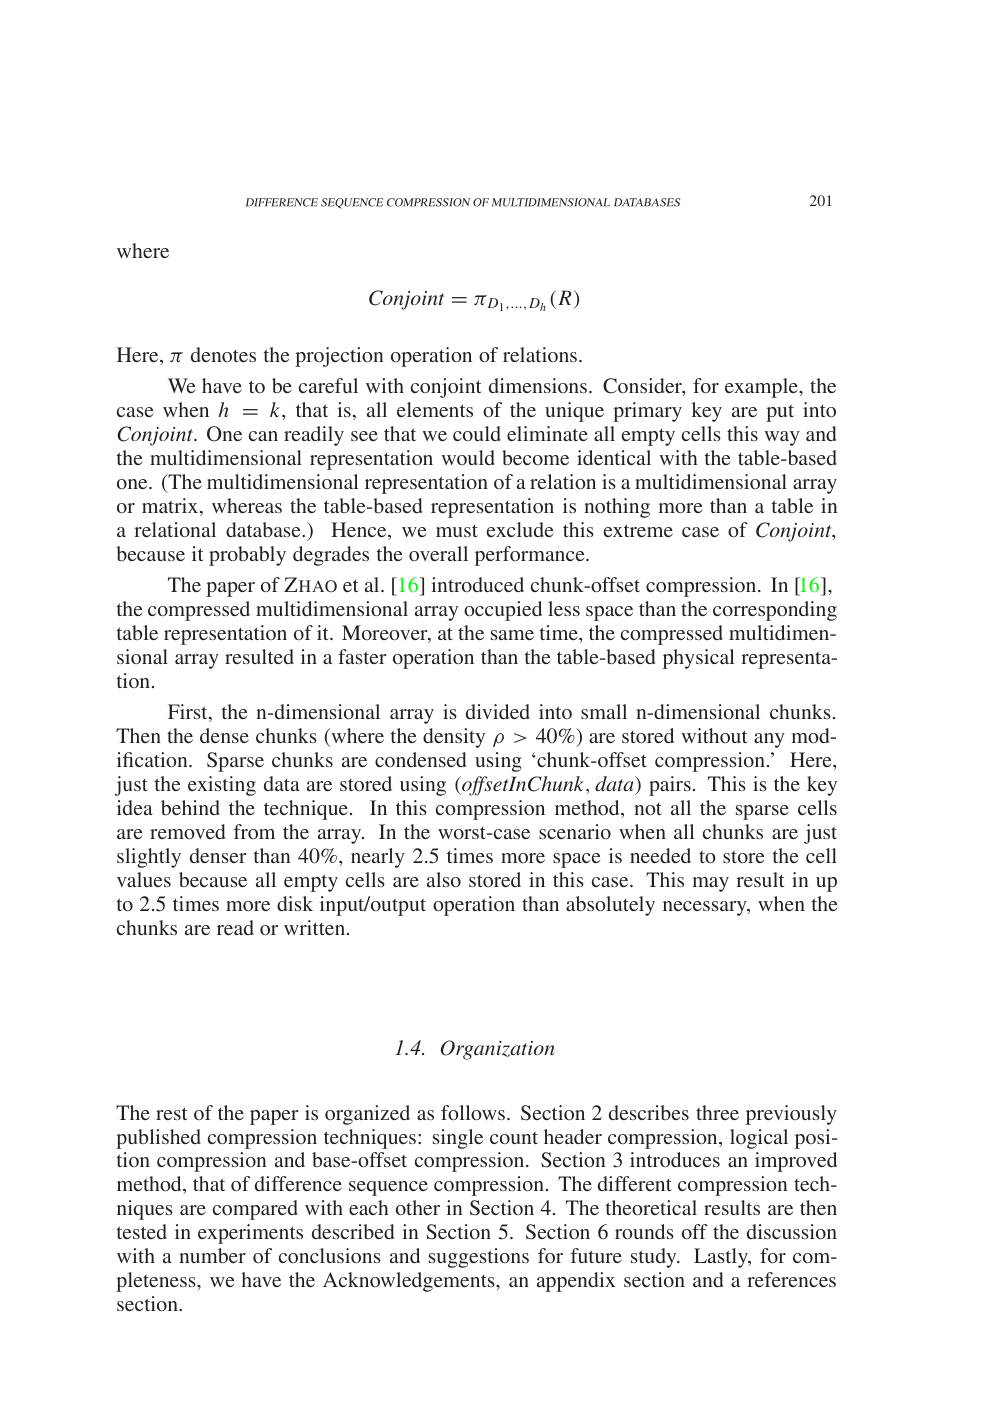
201

DIFFERENCE SEQUENCE COMPRESSION OF MULTIDIMENSIONAL DATABASES

where
$$Conjoint=\pi_{D_{1},...,D_{h}}(R)$$
Here, $\pi$ denotes the projection operation of relations.
We have to be careful with conjoint dimensions. Consider, for example, the case when $h=k$, that is, all elements of the unique primary key are put into $Conjoint.$ One can readily see that we could eliminate all empty cells this way and the multidimensional representation would become identical with the table-based one. (The multidimensional representation of a relation is a multidimensional array or matrix, whereas the table-based representation is nothing more than a table in a relational database.) Hence, we must exclude this extreme case of $Conjoint$, because it probably degrades the overall performance.
The paper of ZHAO et al.[16] introduced chunk-offset compression. In [16], the compressed multidimensional array occupied less space than the corresponding table representation of it. Moreover, at the same time, the compressed multidimensional array resulted in a faster operation than the table-based physical representation.
First, the n-dimensional array is divided into small n-dimensional chunks Then the dense chunks (where the density $\rho>40\%)$ are stored without any modification. Sparse chunks are condensed using `chunk-offset compression.’ Here, just the existing data are stored using $(offsetInChunk,data)$ pairs. This is the key idea behind the technique. In this compression method, not all the sparse cells are removed from the array. In the worst-case scenario when all chunks are just slightly denser than $40\%$, nearly 2.5 times more space is needed to store the cell values because all empty cells are also stored in this case. This may result in up to 2.5 times more disk input/output operation than absolutely necessary, when the chunks are read or written.

1.4. Organization

The rest of the paper is organized as follows. Section 2 describes three previously published compression techniques: single count header compression, logical position compression and base-offset compression. Section 3 introduces an improved method, that of difference sequence compression. The different compression techniques are compared with each other in $\hat{\text{Section}4}.$ The theoretical results are then tested in experiments described in Section 5. Section 6 rounds off the discussion with a number of conclusions and suggestions for future study. Lastly, for completeness, we have the Acknowledgements, an appendix section and a references section.